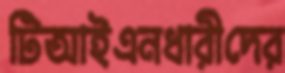
টিআইএনধারীদের